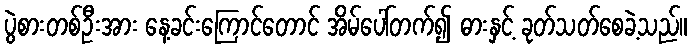
ပွဲစားတစ်ဦးအား နေ့ခင်းကြောင်တောင် အိမ်ပေါ်တက်၍ ဓားနှင့် ခုတ်သတ်စေခဲ့သည်။